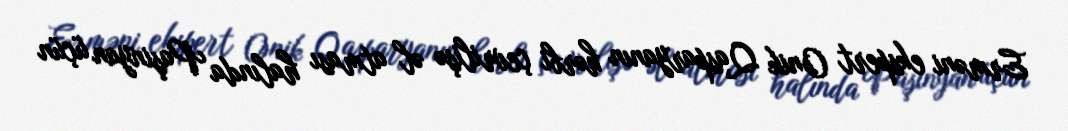
Erməni ekspert Onik Qasparyanın hərbi çevrilişə əl atması halında Paşinyan üçün